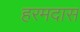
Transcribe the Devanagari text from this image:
हरमदास